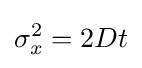
\sigma _{x}^{2}=2Dt